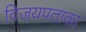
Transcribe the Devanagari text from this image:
विजयपताका